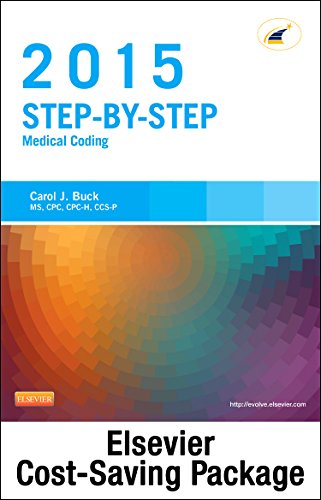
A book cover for Step-by-Step Medical Coding 2015 Edition - Text and Workbook Package, 1e; Carol J. Buck MS  CPC  CCS-P; Medical Books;